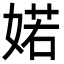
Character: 婼